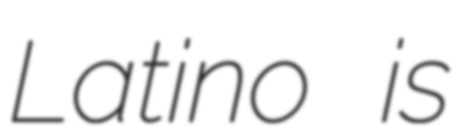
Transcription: Latino is